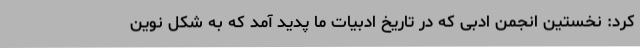
کرد: نخستین انجمن ادبی که در تاریخ ادبیات ما پدید آمد که به شکل نوین